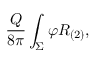
\frac { Q } { 8 \pi } \int _ { \Sigma } \varphi R _ { ( 2 ) } ,